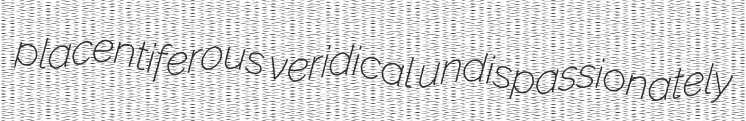
placentiferous veridical undispassionately